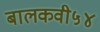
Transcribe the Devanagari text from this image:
बालकवी५४